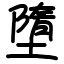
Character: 墮